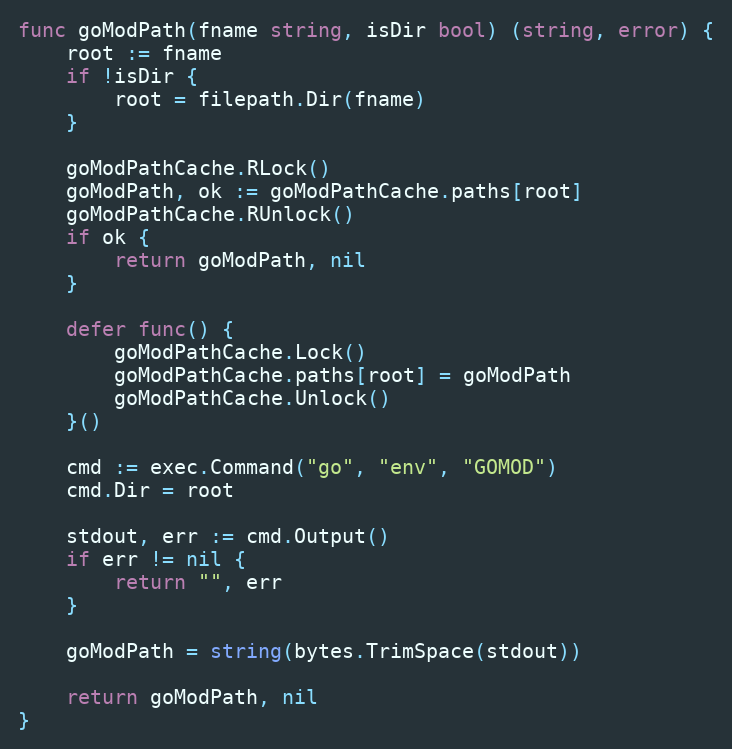
Language: Go
func goModPath(fname string, isDir bool) (string, error) {
	root := fname
	if !isDir {
		root = filepath.Dir(fname)
	}

	goModPathCache.RLock()
	goModPath, ok := goModPathCache.paths[root]
	goModPathCache.RUnlock()
	if ok {
		return goModPath, nil
	}

	defer func() {
		goModPathCache.Lock()
		goModPathCache.paths[root] = goModPath
		goModPathCache.Unlock()
	}()

	cmd := exec.Command("go", "env", "GOMOD")
	cmd.Dir = root

	stdout, err := cmd.Output()
	if err != nil {
		return "", err
	}

	goModPath = string(bytes.TrimSpace(stdout))

	return goModPath, nil
}